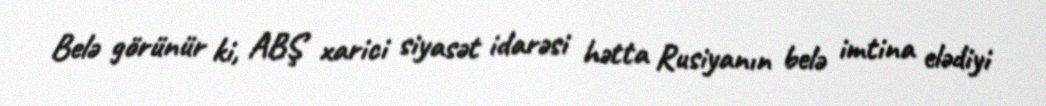
Belə görünür ki, ABŞ xarici siyasət idarəsi hətta Rusiyanın belə imtina elədiyi